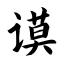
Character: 谟